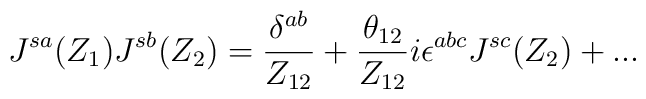
J^{sa} (Z_1) J^{sb}(Z_2) = \frac{\delta^{ab}}{Z_{12}}+ \frac{\theta_{12}}{Z_{12}}i\epsilon^{abc} J^{sc}(Z_2) + ...